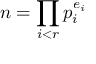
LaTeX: n = \prod _ { i < r } p _ { i } ^ { e _ { i } }